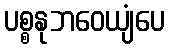
ပစ္စနုဘဝေယျံပေ